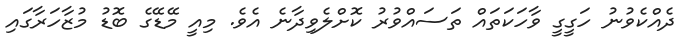
ދެއްކެވުނު ހަގީގީ ވާހަކަތައް ތަސައްވުރު ކޮށްލެވިދާނެ އެވެ. މިއީ މޭޑޭގެ ބޮޑު މުޒާހަރާގައި